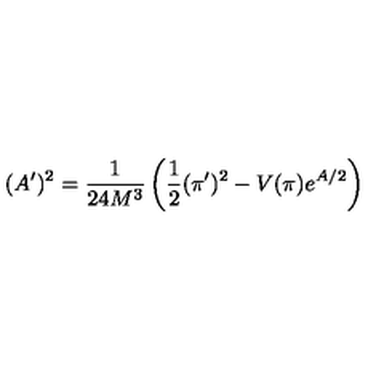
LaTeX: ( A ^ { \prime } ) ^ { 2 } = \frac { 1 } { 2 4 M ^ { 3 } } \left( \frac { 1 } { 2 } ( \pi ^ { \prime } ) ^ { 2 } - V ( \pi ) e ^ { A / 2 } \right)